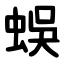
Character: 蜈